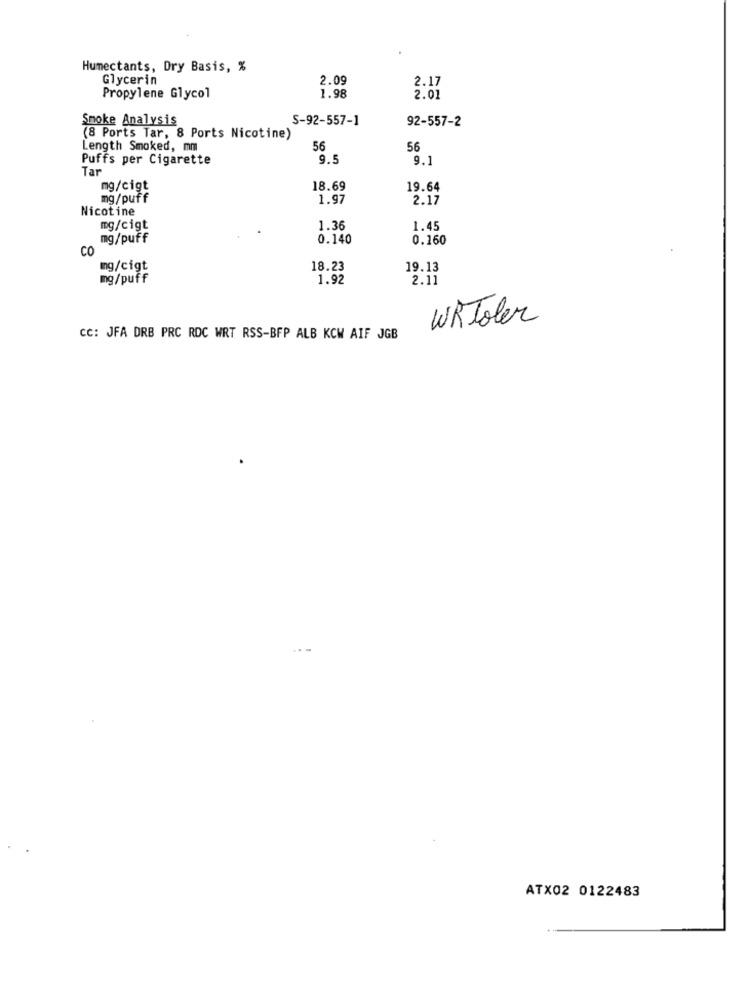
Humectants, Dry Basis, %
Glycerin
2.09
2.17
1.98
Propylene Glycol
2.01
Smoke Analysis
S-92-557-1
92-557-2
(8 Ports Tar, 8 Ports Nicotine)
Length Smoked, mm
56
56
Puffs per Cigarette
9.5
9.1
Tar
mg/cigt
18.69
19.64
mg/puff
1.97
2.17
Nicotine
mg/cigt
1.36
1.45
mg/puff
0.140
0.160
CO
mg/cigt
18.23
19.13
mg/puff
1.92
2.11
WRToler
CC: JFA DRB PRC RDC WRT RSS-BFP ALB KCW AIF JGB
ATX02 0122483